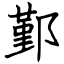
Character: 鄞